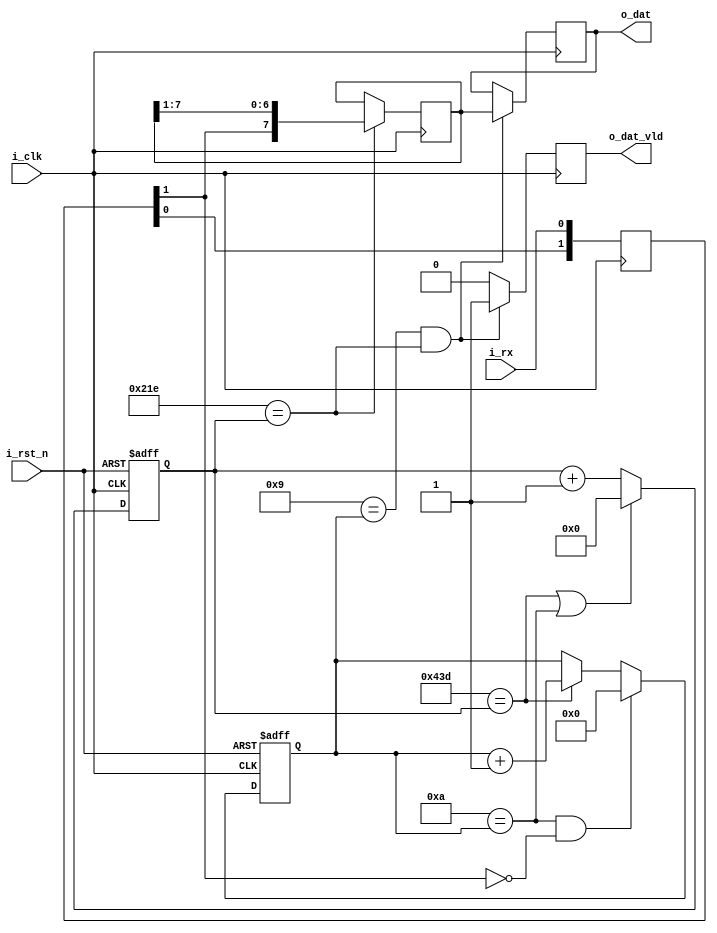
//Designed for 8 bit data, 2 stop bits, 230400bps

module simple_uart_receiver(i_clk, i_rst_n, i_rx, o_dat, o_dat_vld);

input           i_clk;
input           i_rst_n;
input           i_rx;
output  reg     o_dat_vld;
output  [7:0]   o_dat;

parameter       RCONST = 1085; //230400bps for 250MHz i_clk

reg     [10:0]  baud_rate_cnt;
reg     [3:0]   bit_cnt;
reg     [7:0]   shift_reg;
reg     [1:0]   rx_sync;
reg     [7:0]   data_reg;

assign o_dat = data_reg;

always @(posedge i_clk)
    if ( (9 == bit_cnt) && (RCONST/2 == baud_rate_cnt) ) begin
        data_reg    <= shift_reg;
        o_dat_vld   <= 1'b1;
    end else begin
        o_dat_vld   <= 1'b0;
    end

always @(posedge i_clk)
    rx_sync <= {rx_sync[0], i_rx};

always @(posedge i_clk)
    if( RCONST/2 == baud_rate_cnt )
        shift_reg <= {rx_sync[1], shift_reg[7:1]};

always @(posedge i_clk, negedge i_rst_n)
    if (~i_rst_n) begin
        baud_rate_cnt <= 0;
    end else begin
        if ( (RCONST == baud_rate_cnt) || (10 == bit_cnt) )
            baud_rate_cnt <= 0;
        else
            baud_rate_cnt <= baud_rate_cnt + 1'b1;
    end

always @(posedge i_clk, negedge i_rst_n)
    if (~i_rst_n) begin
        bit_cnt <= 0;
    end else begin
        if ( (10 == bit_cnt) && (1'b0 == rx_sync[1]) )
            bit_cnt <= 0;
        else if (RCONST == baud_rate_cnt)
            bit_cnt <= bit_cnt + 1'b1;
    end

endmodule